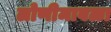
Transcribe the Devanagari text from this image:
लोणीमावळा